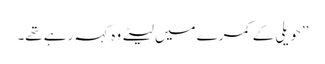
’’حویلی کے کمرے میں لیٹے وہ کہہ رہے تھے۔